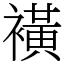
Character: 𧝒